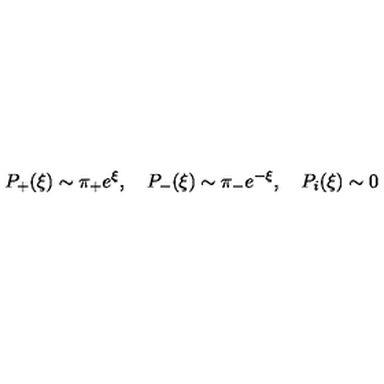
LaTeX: P _ { + } ( \xi ) \sim \pi _ { + } e ^ { \xi } , \quad P _ { - } ( \xi ) \sim \pi _ { - } e ^ { - \xi } , \quad P _ { i } ( \xi ) \sim 0